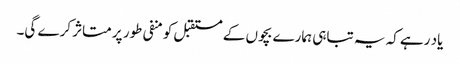
یاد رہے کہ یہ تباہی ہمارے بچوں کے مستقبل کو منفی طور پر متاثر کرے گی۔